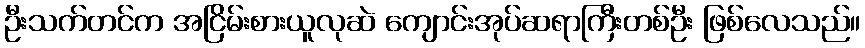
ဦးသက်တင်က အငြိမ်းစားယူလုဆဲ ကျောင်းအုပ်ဆရာကြီးတစ်ဦး ဖြစ်လေသည်။